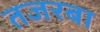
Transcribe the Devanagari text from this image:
तजरबा